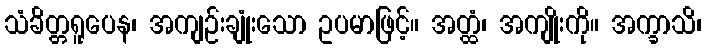
သံခိတ္တရူပေန၊ အကျဉ်းချုံးသော ဥပမာဖြင့်။ အတ္ထံ၊ အကျိုးကို။ အက္ခာသိ၊